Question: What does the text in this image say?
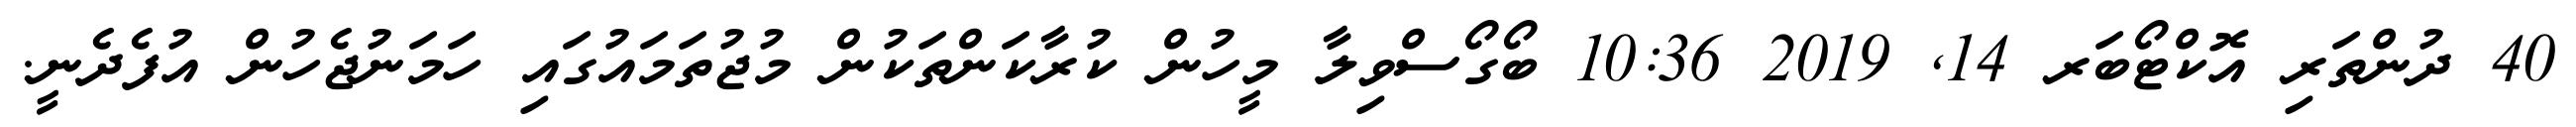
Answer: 40 ދުންތަރި އޮކްޓޯބަރ 14, 2019 10:36 ބޯގޯސްވިލާ މީހުން ކުރާކަންތަކުން މުޖުތަމައުގައި ހަމަނުޖެހުން އުފެދެނީ.